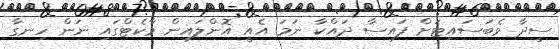
ސީދާ ވެބަސައިޓަށް ފައިސާ ދައްކާ ނަމަ އެއީ އޮންލައިން މާކެޓްގައި ނަން ހިނގާ